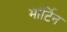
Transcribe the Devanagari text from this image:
मांर्टिन